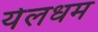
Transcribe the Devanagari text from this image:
येलधम